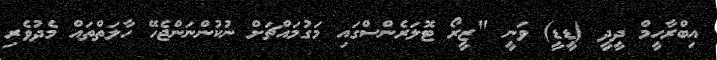
އިބްރާހީމް ދީދީ (ޑީޑީ) ވަނީ "ޒީރޯ ޓޮލަރެންސްގައި މަގުމައްޗަށް ނުކުންނަންޖެހޭ ހާލަތްތައް މެދުވެރި